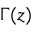
\Gamma ( z )